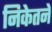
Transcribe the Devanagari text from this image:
निकेतने